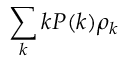
\sum _ { k } k P ( k ) \rho _ { k }